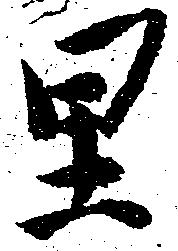
里